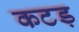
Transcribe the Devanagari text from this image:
कटड़